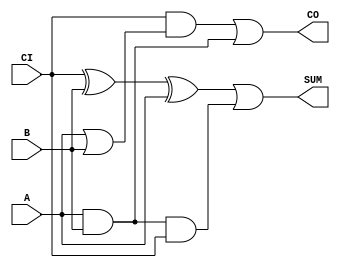
`timescale 1ns / 1ps
//////////////////////////////////////////////////////////////////////////////////
// Company: 
// Engineer: 
// 
// Design Name: 
// Module Name: code
// Project Name: 
// Target Devices: 
// Tool Versions: 
// Description: 
// 
// Dependencies: 
// 
// Revision:
// Revision 0.01 - File Created
// Additional Comments:
// 
//////////////////////////////////////////////////////////////////////////////////


module code(
    input A,
    input B,
    input CI,
    output  SUM,
    output  CO
    );
    
   assign CO = CI & (A | B) | (A & B);
   assign SUM = (CI ^ B ^ A) | (A & B & CI);
    
  
endmodule